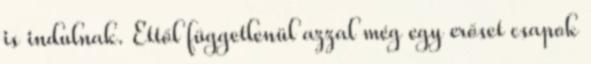
is indulnak. Ettől függetlenül azzal még egy erőset csapok